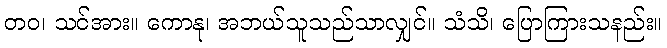
တဝ၊ သင်အား။ ကောနု၊ အဘယ်သူသည်သာလျှင်။ သံသိ၊ ပြောကြားသနည်း။